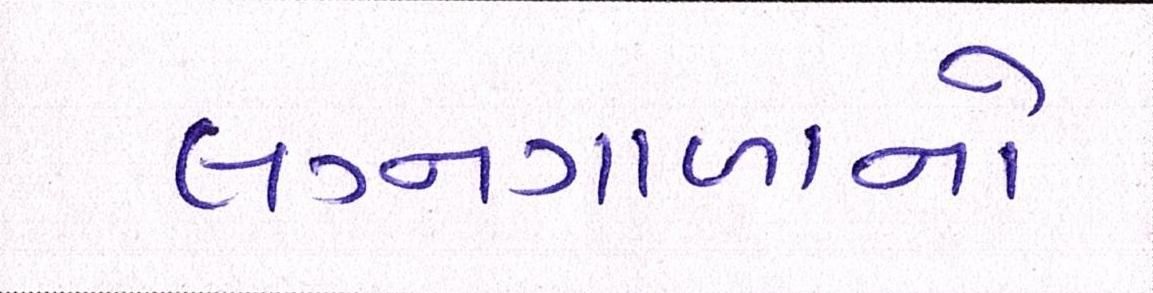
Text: લગ્નગાળાનો